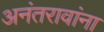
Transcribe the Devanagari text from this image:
अनंतरावांना